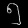
Digit: ၅